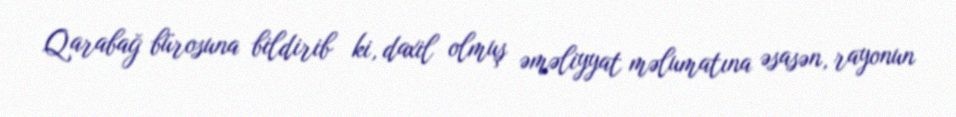
Qarabağ bürosuna bildirib ki, daxil olmuş əməliyyat məlumatına əsasən, rayonun